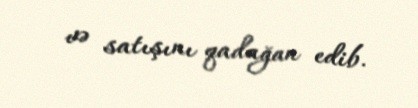
və satışını qadağan edib.